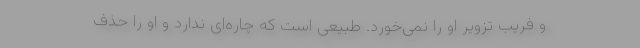
و فریب تزویر او را نمی‌خورد. طبیعی است که چاره‌ای ندارد و او را حذف